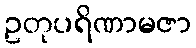
ဥတုပရိဏာမဇာ